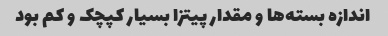
اندازه بسته‌ها و مقدار پیتزا بسیار کپچک و کم بود